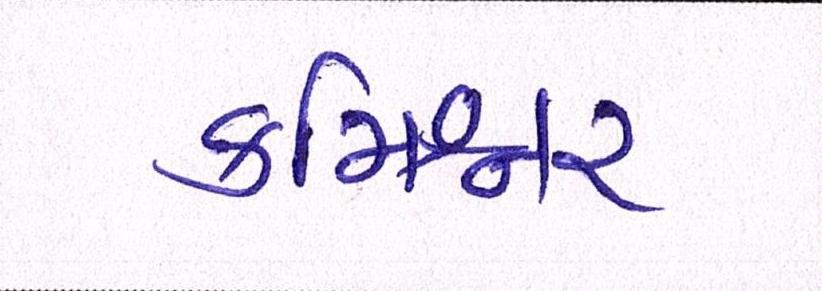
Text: કમિશ્નર